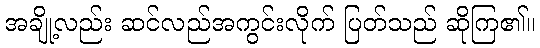
အချို့လည်း ဆင်လည်အကွင်းလိုက် ပြတ်သည် ဆိုကြ၏။